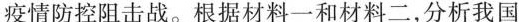
疫情防控阻击战。根据材料一和材料二，分析我国